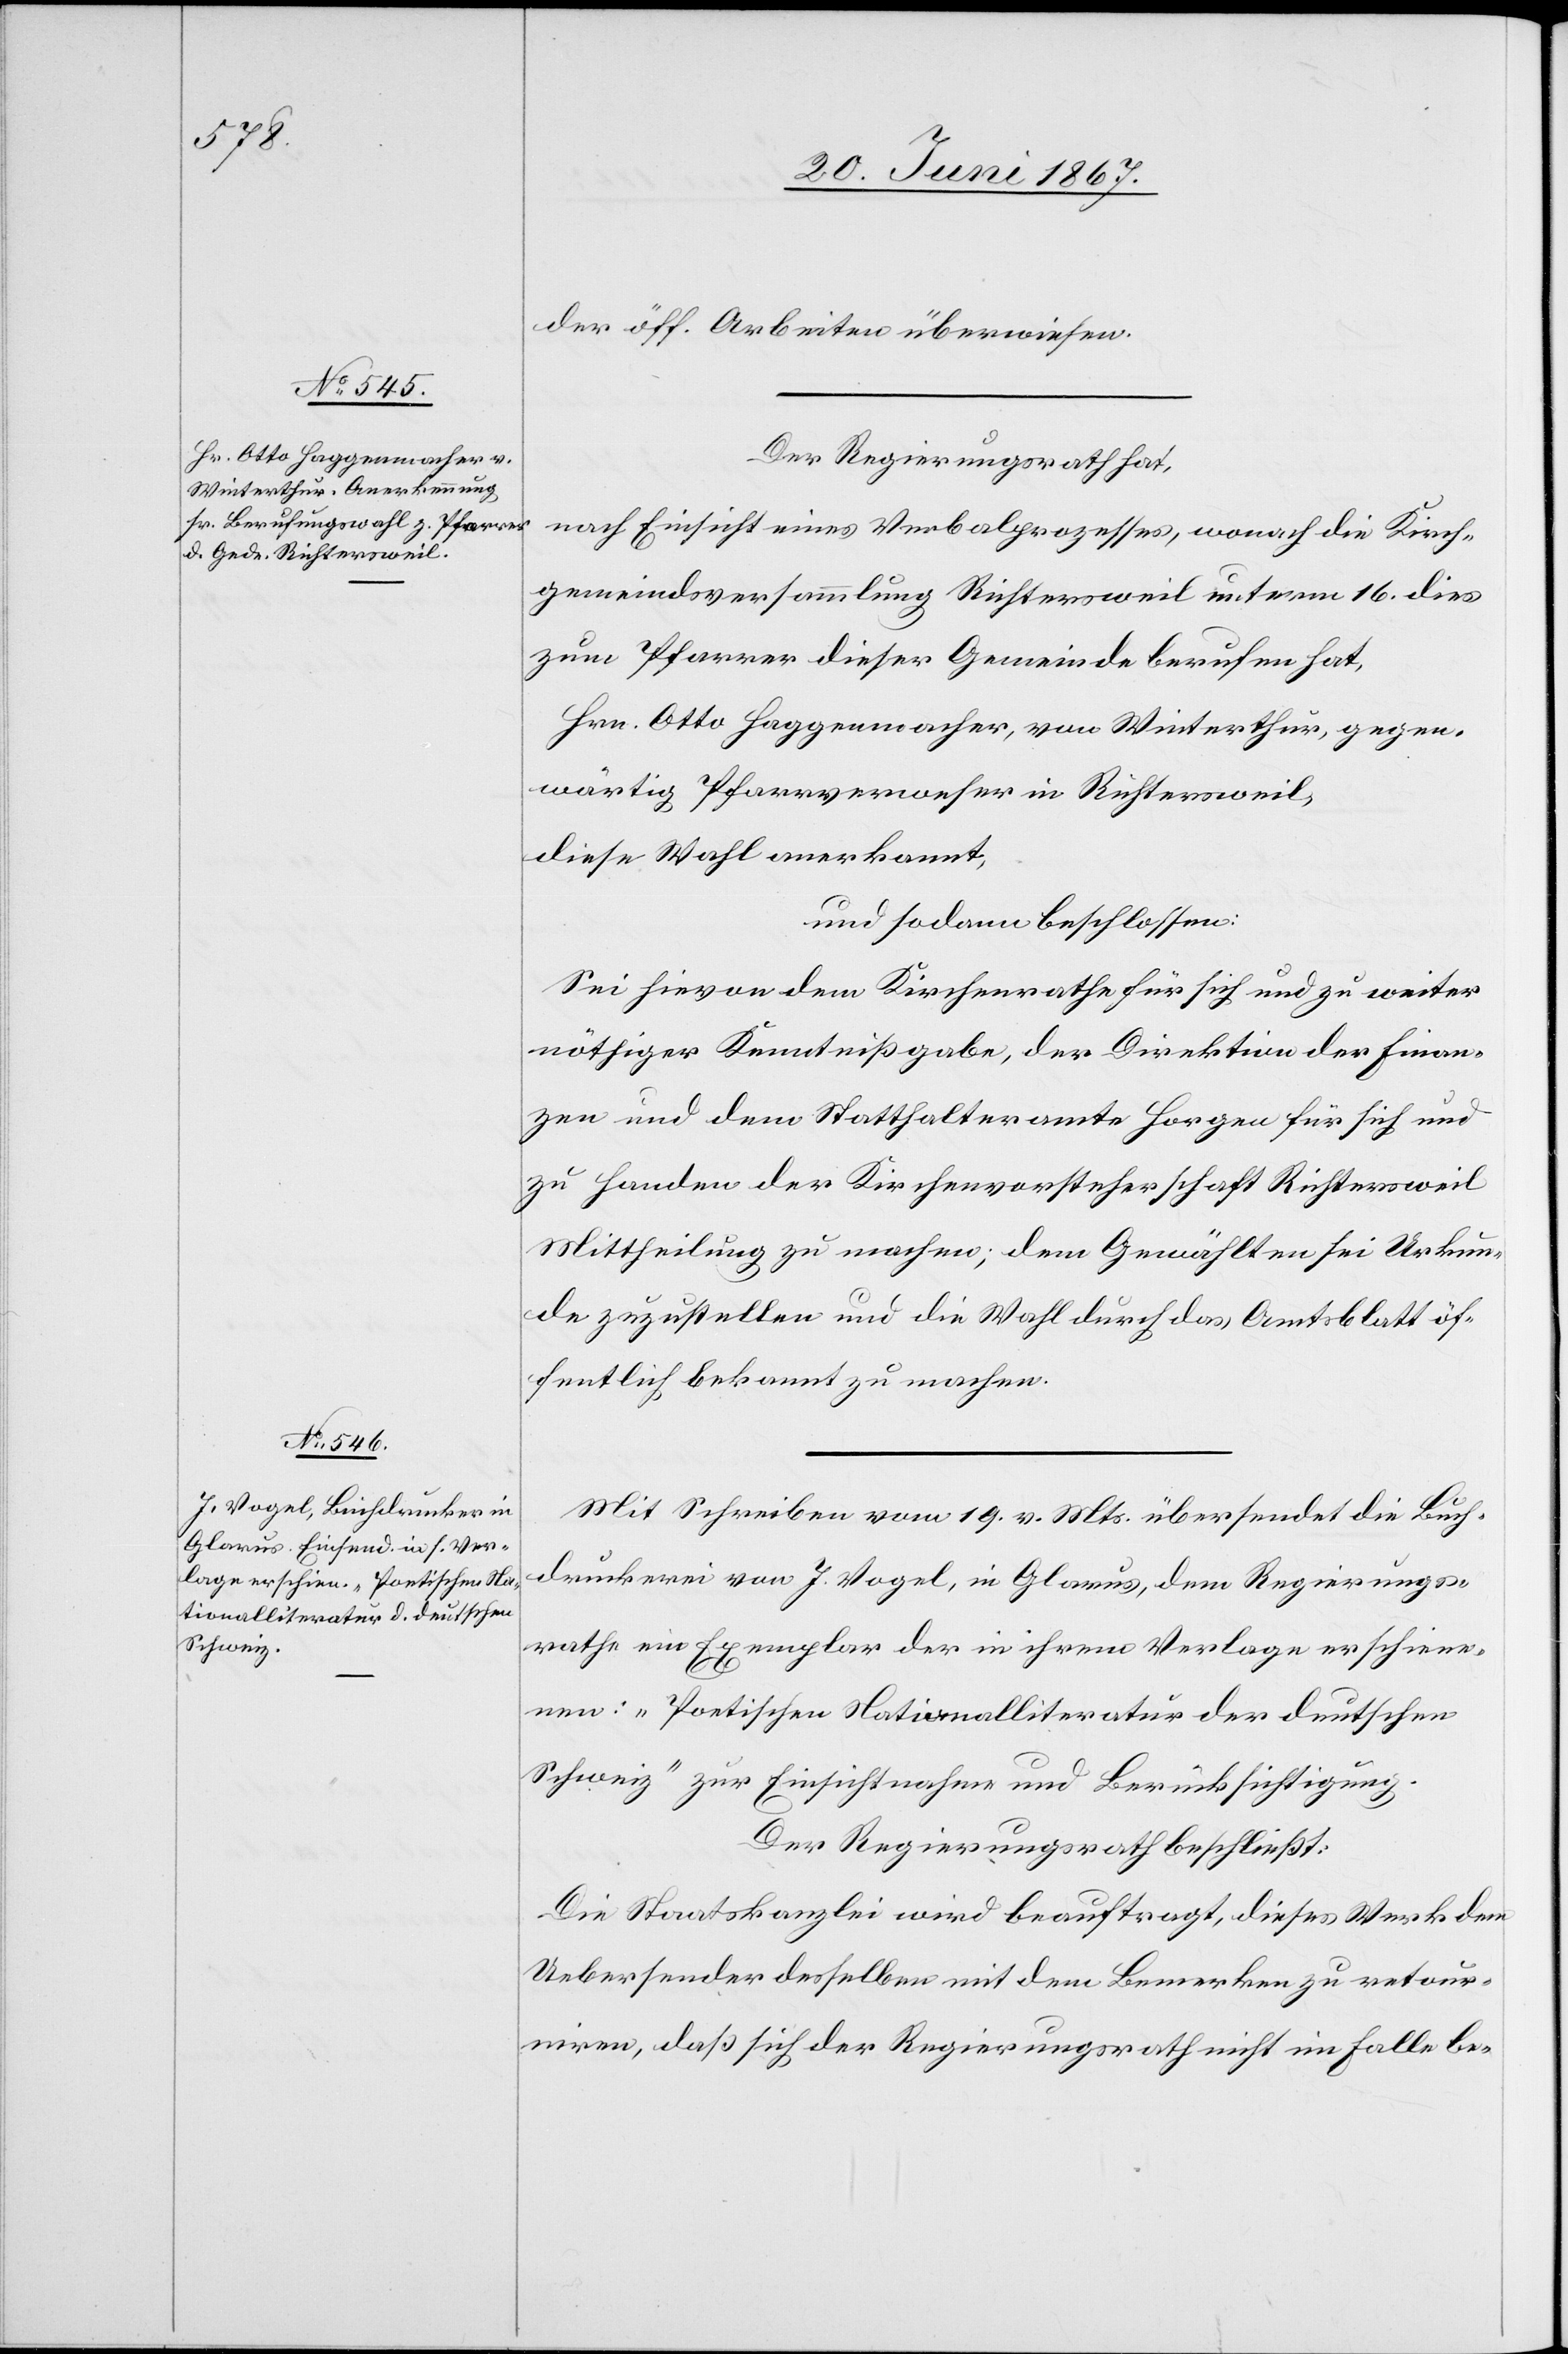
der öff. Arbeiten überwiesen.
Der Regierungsrath hat,
nach Einsicht eines Verbalprozesses, wonach die Kirch¬
gemeindsversammlung Richtersweil unterm 16. dies
zum Pfarrer dieser Gemeinde berufen hat,
Hrn. Otto Haggenmacher, von Winterthur, gegen¬
wärtig Pfarrverweser in Richtersweil,
diese Wahl anerkannt,
und sodann beschlossen:
Sei hievon dem Kirchenrathe für sich und zu weiter
nöthiger Kenntnißgabe, der Direktion der Finan¬
zen und dem Statthalteramte Horgen für sich und
zu Handen der Kirchenvorsteherschaft Richtersweil
Mittheilung zu machen; dem Gewählten sei Urkun¬
de zuzustellen und die Wahl durch das Amtsblatt öf¬
fentlich bekannt zu machen.
Mit Schreiben vom 19. v. Mts. übersendet die Buch¬
druckerei von J. Vogel, in Glarus, dem Regierungs¬
rathe ein Exemplar der in ihrem Verlage erschiene¬
nen: „Poetischen Nationalliteratur der deutschen
Schweiz“ zur Einsichtnahme und Berücksichtigung.
Der Regierungsrath beschließt:
Die Staatskanzlei wird beauftragt, dieses Werk dem
Uebersender desselben mit dem Bemerken zu retour¬
niren, daß sich der Regierungsrath nicht im Falle be-